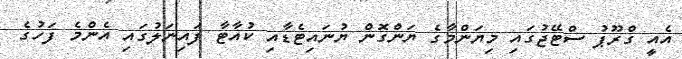
އެއީ ގްރޫޕު ސްޓޭޖުގައި މިޔަންމާގެ ޔަންގޮން ޔުނައިޓެޑާއި ކުއާޓާ ފައިނަލުގައި އެންމެ ފަހުގެ